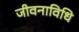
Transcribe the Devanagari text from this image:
जीवनाविधि